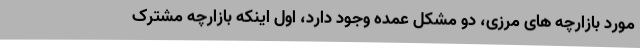
مورد بازارچه های مرزی، دو مشکل عمده وجود دارد، اول اینکه بازارچه مشترک